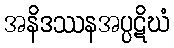
အနိဒဿနအပ္ပဋိဃံ